Lunatic asylums Bombay report 1878-1890 - 1878-1890
Year: 1878
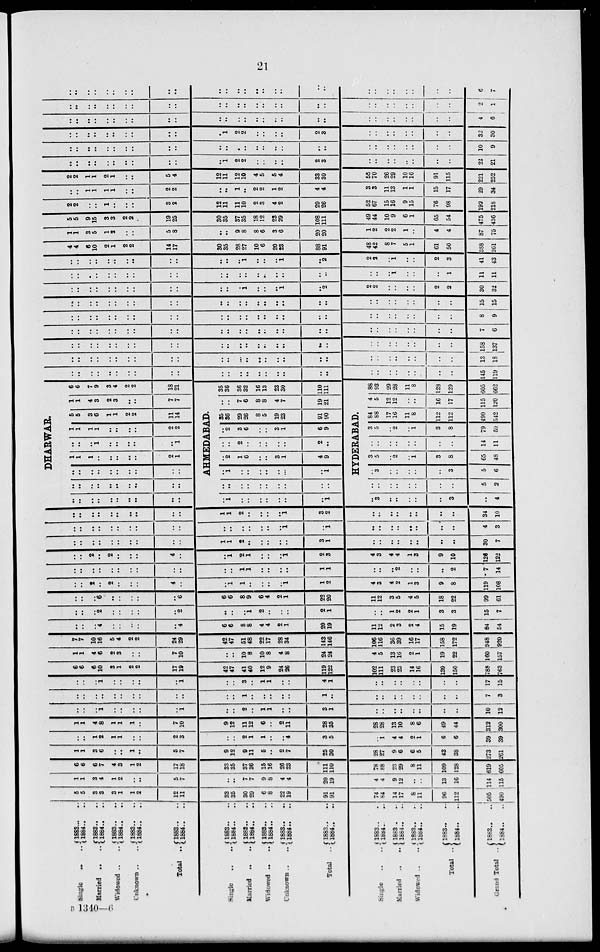
21
Single .. ..
Married .. ..
Widowed .. ..
Unknown .. ..
Total ..
Single .. ..
Married .. ..
Widowed .. ..
Unknown .. ..
Total
..
Single
..
..
Married
..
..
Widowed
..
..
Total ..
Grand Total ..
1883 .. ..
1884 .. ..
1883 .. ..
1884 .. ..
1883 .. ..
1884 .. ..
1883 .. ..
1884 .. ..
1883 .. ..
1884 .. ..
1883 .. ..
1884 .. ..
1883 .. ..
1884 .. ..
1883 .. ..
1884 .. ..
1883 .. ..
1884 .. ..
1883 .. ..
1884 .. ..
1883 .. ..
1884 .. ..
1883 .. ..
1884 .. ..
1883 .. ..
1884 .. ..
1883 .. ..
1884 .. ..
1883 ..
..
1884 ..
..
5
5
3
3
3
1
1
2
12
11
33
35
30
29
6
8
22
19
91
91
74
84
14
17
8
11
96
112
505
490
1
1
3
4
1
2
..
..
5
7
..
..
7
7
9
8
4
4
20
19
4
4
9
12
..
..
13
16
114
115
6
6
6
7
4
3
1
2
17
18
33
35
37
36
15
16
26
23
111
110
78
68
23
29
8
11
109
128
619
605
1
1
3
6
..
..
1
..
5
7
9
12
9
11
5
..
2
7
25
30
28
27
9
6
6
5
43
38
273
261
..
..
1
2
1
1
..
..
2
3
..
..
2
1
1
..
..
4
3
5
..
1
4
4
2
1
6
6
39
39
1
1
4
8
1
1
1
..
7
10
9
12
11
12
6
..
2
11
28
35
28
28
13
10
8
6
49
44
312
300
..
..
..
1
..
..
..
..
..
1
..
..
2
..
1
1
..
..
3
1
..
..
..
..
..
..
..
..
10
12
..
..
..
..
..
..
..
..
..
..
..
..
1
..
..
..
..
..
1
..
..
..
..
..
..
..
..
..
7
3
..
..
..
1
..
..
..
..
..
1
..
..
3
..
1
1
..
..
4
1
..
..
..
..
..
..
..
..
17
15
6
6
6
10
3
1
2
2
17
19
42
47
41
40
12
9
24
26
119
122
102
111
23
23
14
16
139
150
788
763
1
1
4
6
2
3
..
..
7
10
..
..
10
8
10
8
4
8
24
24
4
5
13
16
2
1
19
22
160
157
7
7
10
16
5
4
2
2
24
29
42
47
51
48
22
17
28
34
143
146
106
116
36
39
16
17
158
172
948
920
..
..
..
4
..
..
..
..
..
..
6
6
8
8
4
4
2
1
20
19
11
12
2
3
2
4
15
19
84
54
..
..
..
2
..
..
..
..
..
2
..
..
..
1
2
..
..
..
2
1
..
..
1
2
2
1
3
3
15
7
..
..
..
6
..
..
..
..
..
6
6
6
8
9
6
4
2
1
22
20
11
12
3
5
4
5
18
22
99
61
..
..
2
..
2
..
..
..
4
..
..
1
1
..
..
..
..
1
1
2
4
3
4
2
1
3
9
8
119
108
..
..
..
..
..
..
..
..
..
..
..
..
1
1
..
..
..
..
1
1
..
..
..
2
..
..
..
2
7
14
..
..
2
..
2
..
..
..
4
..
..
1
2
1
..
..
..
1
2
3
4
3
4
4
1
3
9
10
126
122
..
..
..
..
..
..
..
..
..
..
1
1
2
..
..
..
..
..
3
1
..
..
..
..
..
..
..
..
30
7
..
..
..
..
..
..
..
..
..
..
..
..
..
..
..
..
..
1
..
1
..
..
..
..
..
..
..
..
4
3
..
..
..
..
..
..
..
..
..
..
1
1
2
..
..
..
..
1
3
2
..
..
..
..
..
..
..
..
34
10
DHARWAR.
..
..
..
..
..
..
..
..
..
..
..
..
..
..
..
..
..
..
..
..
..
..
..
..
..
..
..
..
..
..
1
1
1
..
..
..
..
..
2
1
..
..
..
1
..
..
..
..
..
1
1
1
1
1
..
..
..
..
2
2
5
5
3
6
1
1
2
2
11
14
1
1
4
3
2
3
..
..
7
7
6
6
7
9
3
4
2
2
18
21
AHMEDABAD.
..
..
..
..
..
..
..
..
..
1
..
..
..
..
..
..
..
..
..
..
..
1
..
..
..
..
..
..
..
1
..
2
1
6
..
..
3
1
4
9
..
..
2
..
..
..
..
..
2
..
..
2
3
6
..
..
3
1
6
9
35
36
29
26
8
5
19
23
91
90
..
..
7
6
8
8
4
7
19
21
35
36
36
32
16
13
23
30
110
111
HYDERABAD.
..
3
..
..
..
..
..
3
..
4
..
..
..
..
..
..
..
..
5
2
..
3
..
..
..
..
..
3
5
6
3
5
..
2
..
1
3
8
65
48
..
..
..
..
..
..
..
..
14
11
3
5
..
2
..
1
3
8
79
59
84
68
17
16
11
8
112
112
490
542
4
5
12
12
..
..
16
17
115
120
88
93
29
28
11
8
128
129
605
662
..
..
..
..
..
..
..
..
..
..
..
..
..
..
..
..
..
..
..
..
..
..
..
..
..
..
..
..
145
119
..
..
..
..
..
..
..
..
..
..
..
..
..
..
..
..
..
..
..
..
..
..
..
..
..
..
..
..
13
18
..
..
..
..
..
..
..
..
..
..
..
..
..
..
..
..
..
..
..
..
..
..
..
..
..
..
..
..
158
137
..
..
..
..
..
..
..
..
..
..
..
..
..
..
..
..
..
..
..
..
..
..
..
..
..
..
..
..
7
6
..
..
..
..
..
..
..
..
..
..
..
..
..
..
..
..
..
..
..
..
..
..
..
..
..
..
..
..
8
9
..
..
..
..
..
..
..
..
..
..
..
..
..
..
..
..
..
..
..
..
..
..
..
..
..
..
..
..
15
15
..
..
..
..
..
..
..
..
..
..
..
..
..
1
..
..
..
1
..
2
2
2
..
..
..
..
2
2
30
32
..
..
..
..
..
..
..
..
..
..
..
..
..
..
..
..
..
..
..
..
..
..
..
1
..
..
..
1
11
11
..
..
..
..
..
..
..
..
..
..
..
..
..
1
..
..
..
1
..
2
4
4
6
10
2
1
2
2
14
17
30
35
28
27
10
6
20
23
88
91
2
2
..
1
..
..
2
3
41
43
48
42
8
7
5
1
61
50
388
361
1
1
3
5
1
2
..
..
5
8
..
..
9
8
8
6
3
6
20
20
1
2
2
2
1
..
4
4
87
75
5
5
9
l5
3
3
2
2
19
25
30
35
37
35
18
12
23
29
108
111
49
44
10
9
6
1
65
54
475
436
2
2
..
..
1
..
..
..
3
2
12
11
11
10
2
3
4
2
29
26
52
67
15
16
9
15
76
98
192
218
..
..
1
1
1
1
..
..
2
2
..
..
1
..
2
2
1
2
4
4
3
3
11
13
1
1
15
17
29
34
2
2
1
1
2
1
..
..
5
4
12
11
12
10
4
5
5
4
33
30
55
70
26
29
10
16
91
115
221
252
..
..
..
..
..
..
..
..
..
..
..
1
2
2
..
..
..
..
2
3
..
..
..
..
..
..
..
..
22
21
..
..
..
..
..
..
..
..
..
..
..
..
..
..
..
..
..
..
..
..
..
..
..
..
..
..
..
..
10
9
..
..
..
..
..
..
..
..
..
..
..
1
2
2
..
..
..
..
2
3
..
..
..
..
..
..
..
..
32
30
..
..
..
..
..
..
..
..
..
..
..
..
..
..
..
..
..
..
..
..
..
..
..
..
..
..
..
..
4
6
..
..
..
..
..
..
..
..
..
..
..
..
..
..
..
..
..
..
..
..
..
..
..
..
..
..
..
..
2
1
..
..
..
..
..
..
..
..
..
..
..
..
..
..
..
..
..
..
..
..
..
..
..
..
..
..
..
..
6
7
B
1340-6